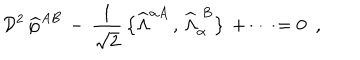
{ \cal D } ^ { 2 } \, { \widehat \varphi } ^ { A B } \, - \, \frac { 1 } { \sqrt 2 } \, \big \{ { \widehat \Lambda } ^ { \alpha A } \, , \, { \widehat \Lambda } _ { \alpha } ^ { ~ B } \big \} \, + \cdots = 0 ~ ~ ,